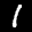
Label: 1